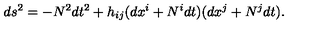
d s ^ { 2 } = - N ^ { 2 } d t ^ { 2 } + h _ { i j } ( d x ^ { i } + N ^ { i } d t ) ( d x ^ { j } + N ^ { j } d t ) .